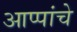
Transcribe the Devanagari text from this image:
आप्पांचे